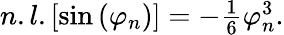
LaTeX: \begin{array}{r}{n.l.\left[\sin\left(\varphi_{n}\right)\right]=-\frac{1}{6}\varphi_{n}^{3}.}\end{array}